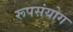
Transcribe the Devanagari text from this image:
रूपसंयोग